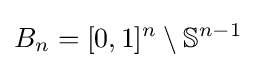
B_{n}=[0,1]^{n}\setminus \mathbb {S} ^{n-1}